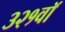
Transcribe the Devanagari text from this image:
३२१वॉ